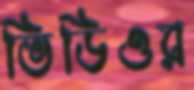
ভিডিওর